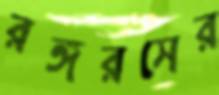
রঙ্গরসের